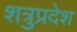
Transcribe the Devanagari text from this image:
शत्रुप्रदेश